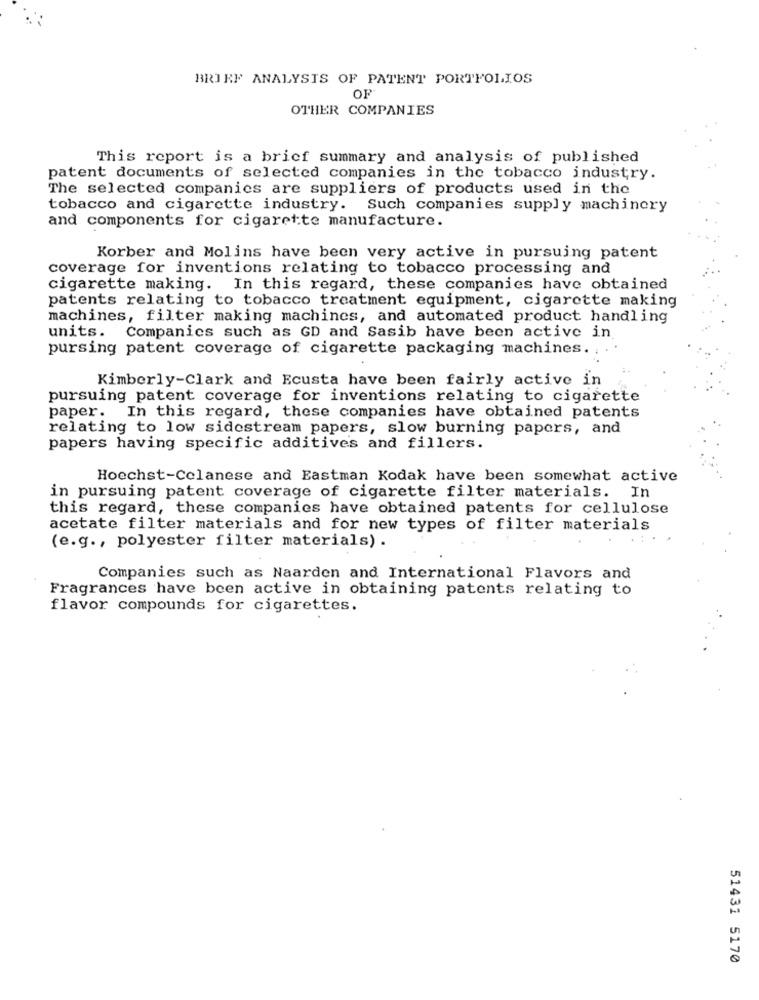
BRIEF ANALYSIS OF PATENT PORTFOLIOS
OF
OTHER COMPANIES
This report is a brief summary and analysis of published
patent documents of selected companies in the tobacco industry.
The selected companies are suppliers of products used in the
tobacco and cigarette industry. Such companies supply machinery
and components for cigarette manufacture.
Korber and Molins have been very active in pursuing patent
coverage for inventions relating to tobacco processing and
cigarette making. In this regard, these companies have obtained
patents relating to tobacco treatment equipment, cigarette making
machines, filter making machines, and automated product handling
units. Companies such as GD and Sasib have been active in
pursing patent coverage of cigarette packaging machines.
Kimberly-Clark and Ecusta have been fairly active in
pursuing patent coverage for inventions relating to cigarette
paper. In this regard, these companies have obtained patents
relating to low sidestream papers, slow burning papers, and
papers having specific additives and fillers.
Hoechst-Celanese and Eastman Kodak have been somewhat active
in pursuing patent coverage of cigarette filter materials. In
this regard, these companies have obtained patents for cellulose
acetate filter materials and for new types of filter materials
(e.g ., polyester filter materials) .
Companies such as Naarden and International Flavors and
Fragrances have been active in obtaining patents relating to
flavor compounds for cigarettes.
51431 5170